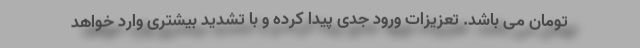
تومان می باشد. تعزیزات ورود جدی پیدا کرده و با تشدید بیشتری وارد خواهد